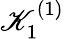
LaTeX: \mathscr{K}_{1}^{(1)}